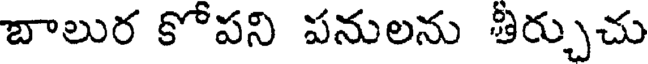
బాలుర కోపని పనులను తీర్చుచు